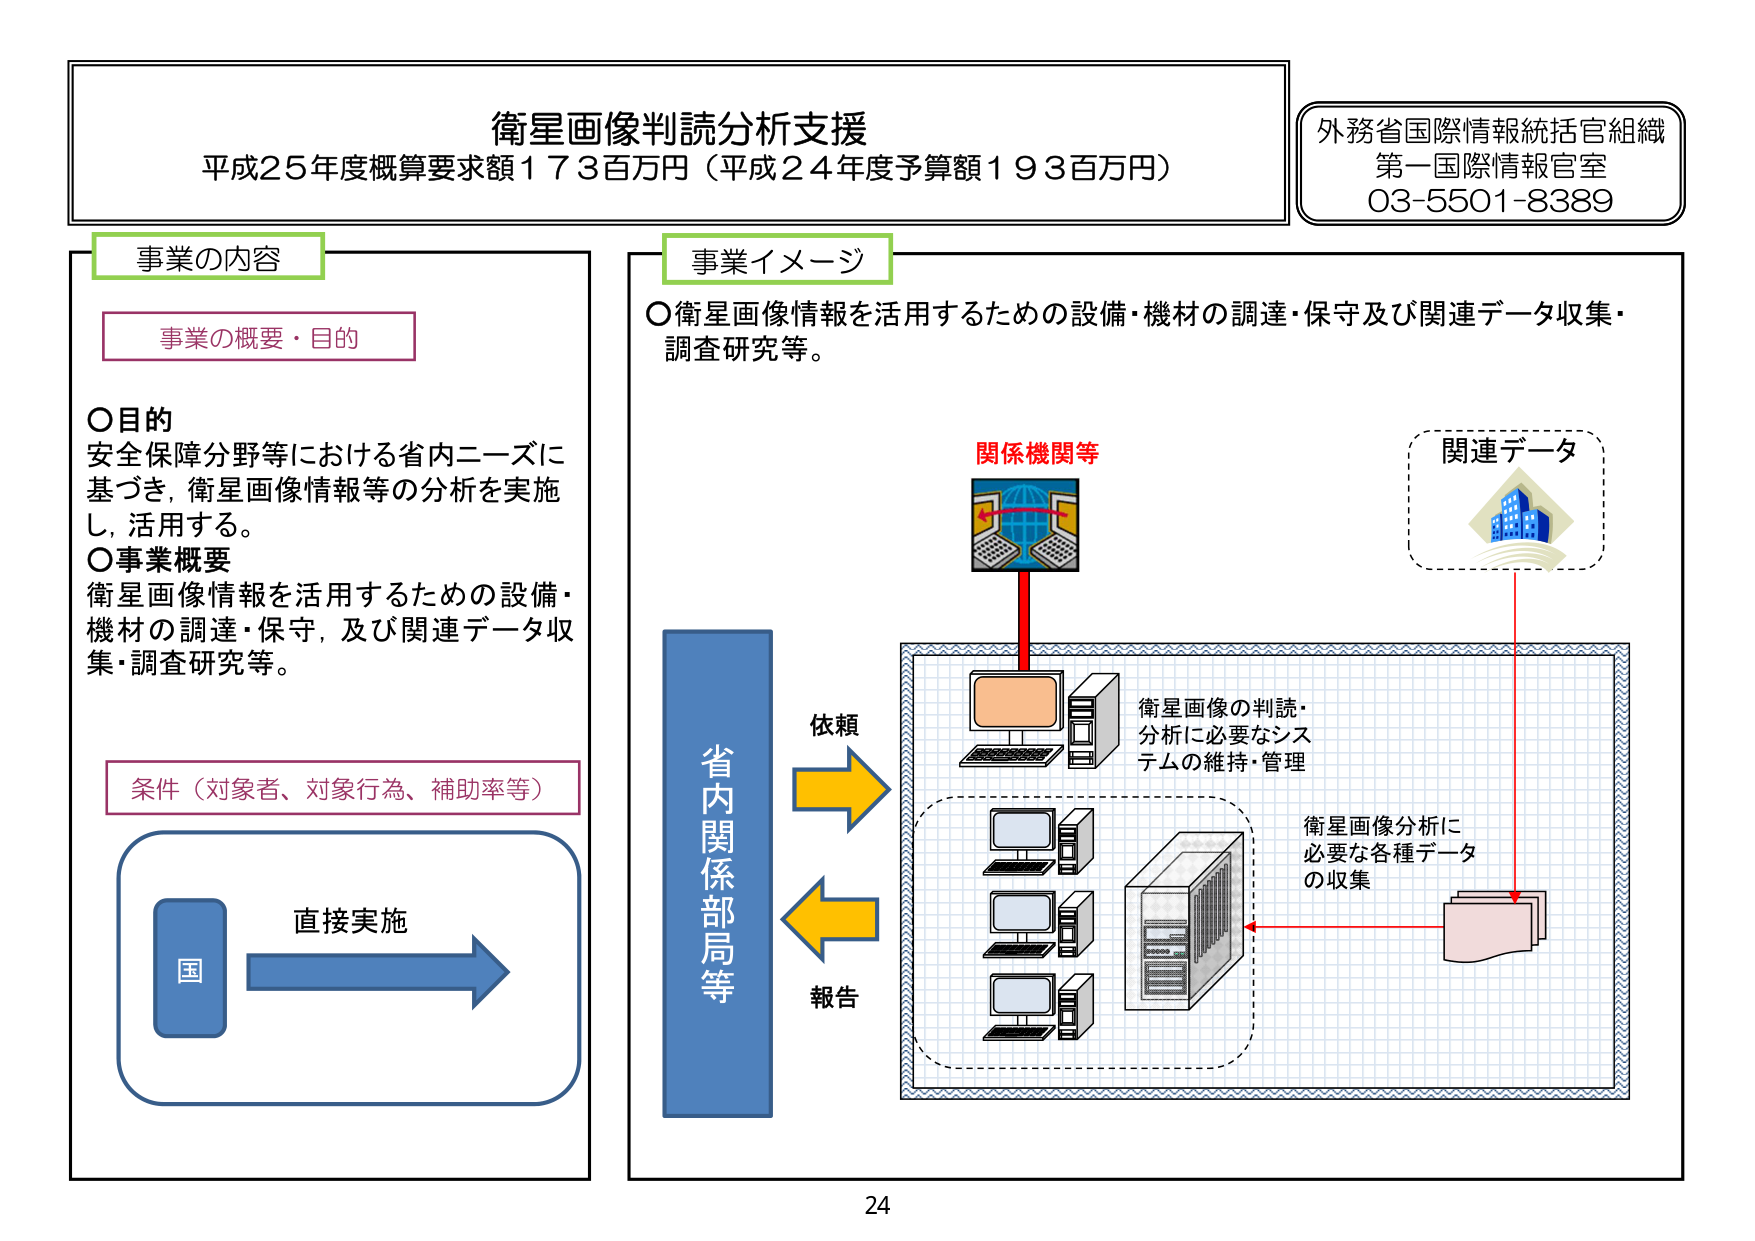
衛星画像判読分析支援
平成25年度概算要求額173百万円（平成24年度予算額193百万円）

外務省国際情報統括官組織
第一国際情報官室
03-5501-8389

事業の内容

事業の概要・目的

○目的
安全保障分野等における省内ニーズに
基づき，衛星画像情報等の分析を実施
し，活用する。
○事業概要
衛星画像情報を活用するための設備・
機材の調達・保守，及び関連データ収
集・調査研究等。

条件（対象者、対象行為、補助率等）

国
直接実施

事業イメージ

○衛星画像情報を活用するための設備・機材の調達・保守及び関連データ収集・
調査研究等。

関係機関等

関連データ

省
内
関
係
部
局
等

依頼
報告

衛星画像の判読・
分析に必要なシス
テムの維持・管理

衛星画像分析に
必要な各種データ
の収集

24